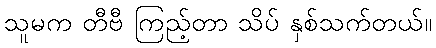
သူမက တီဗီ ကြည့်တာ သိပ် နှစ်သက်တယ်။